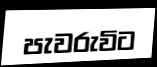
පැවරුවිට